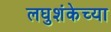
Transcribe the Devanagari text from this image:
लघुशंकेच्या